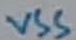
Text: VSS